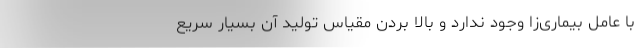
با عامل بیماری‌زا وجود ندارد و بالا بردن مقیاس تولید آن بسیار سریع